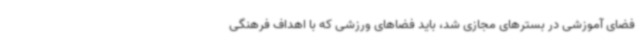
فضای آموزشی در بسترهای مجازی شد، باید فضاهای ورزشی که با اهداف فرهنگی